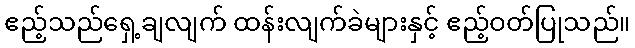
ဧည့်သည်ရှေ့ချလျက် ထန်းလျက်ခဲများနှင့် ဧည့်ဝတ်ပြုသည်။